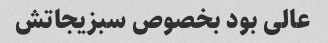
عالی بود بخصوص سبزیجاتش